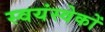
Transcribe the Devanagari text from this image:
स्वयंस्वेकों